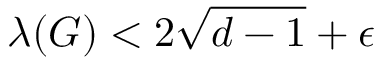
\lambda ( G ) < 2 { \sqrt { d - 1 } } + \epsilon